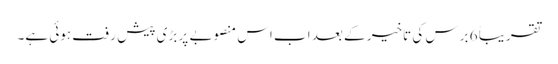
تقریباً 6 برس کی تاخیر کے بعد اب اس منصوبے پر بڑی پیش رفت ہوئی ہے۔